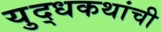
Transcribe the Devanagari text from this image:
युद्धकथांची